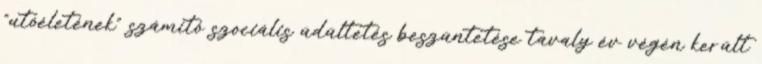
"utóéletének" számító szociális üdültetés beszüntetése tavaly év végén került